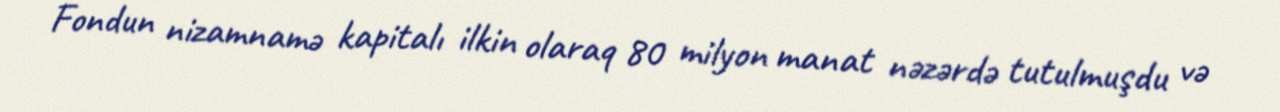
Fondun nizamnamə kapitalı ilkin olaraq 80 milyon manat nəzərdə tutulmuşdu və